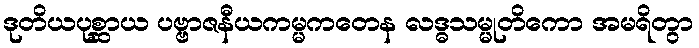
ဒုတိယပုစ္ဆာယ ပဗ္ဗာဇနီယကမ္မကတေန လဒ္ဓသမ္မုတိကော အမရိတွာ